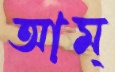
আম্